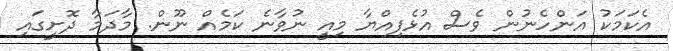
އެކަމަކު އަންހެނުން ވެސް އުޅެފިއްޔާ މިއީ ނުވާނެ ކަމެއް ނޫން. މާދަމާ ދޮށީގައި